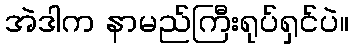
အဲဒါက နာမည်ကြီးရုပ်ရှင်ပဲ။